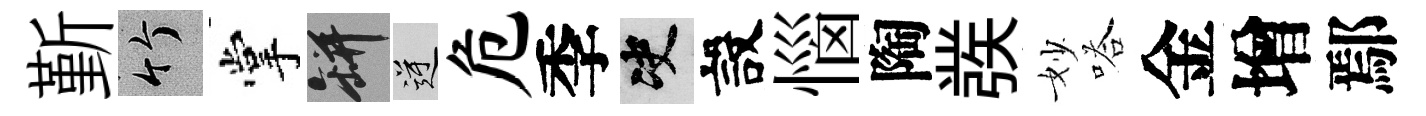
斳竹掌瓶逆危季决設惱陶彂妙嗒金增鄢